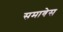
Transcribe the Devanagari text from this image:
समावेस